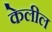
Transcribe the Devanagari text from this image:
केलील